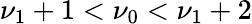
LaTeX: \nu_{1}+1<\nu_{0}<\nu_{1}+2